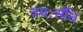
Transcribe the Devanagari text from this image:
वयःसंधि